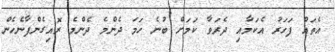
އެތައް ފަހަރު އެކަމާއި ދެރަވާ ކަމަށް ބުނެ ހަމަ ދެންމެ ދެންމެ ރޮއިގެންފާނެހެން